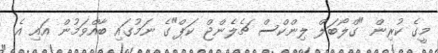
މީގެ ކުރިން "ގްލޯބަލް ލިންކްސް ޗެލެންޖް ކަޕް"ގެ ނަމުގައި ބާއްވަމުން އައި އެ